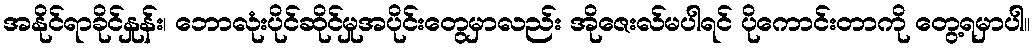
အနိုင်ရာခိုင်နှုန်း၊ ဘောလုံးပိုင်ဆိုင်မှုအပိုင်းတွေမှာလည်း အိုဇေးလ်မပါရင် ပိုကောင်းတာကို တွေ့ရမှာပါ။